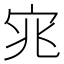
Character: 宨